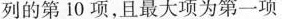
列的第10项，且最大项为第一项